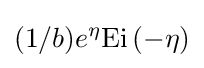
(1/b)e^{\eta }{\text{Ei}}\left(-\eta \right)